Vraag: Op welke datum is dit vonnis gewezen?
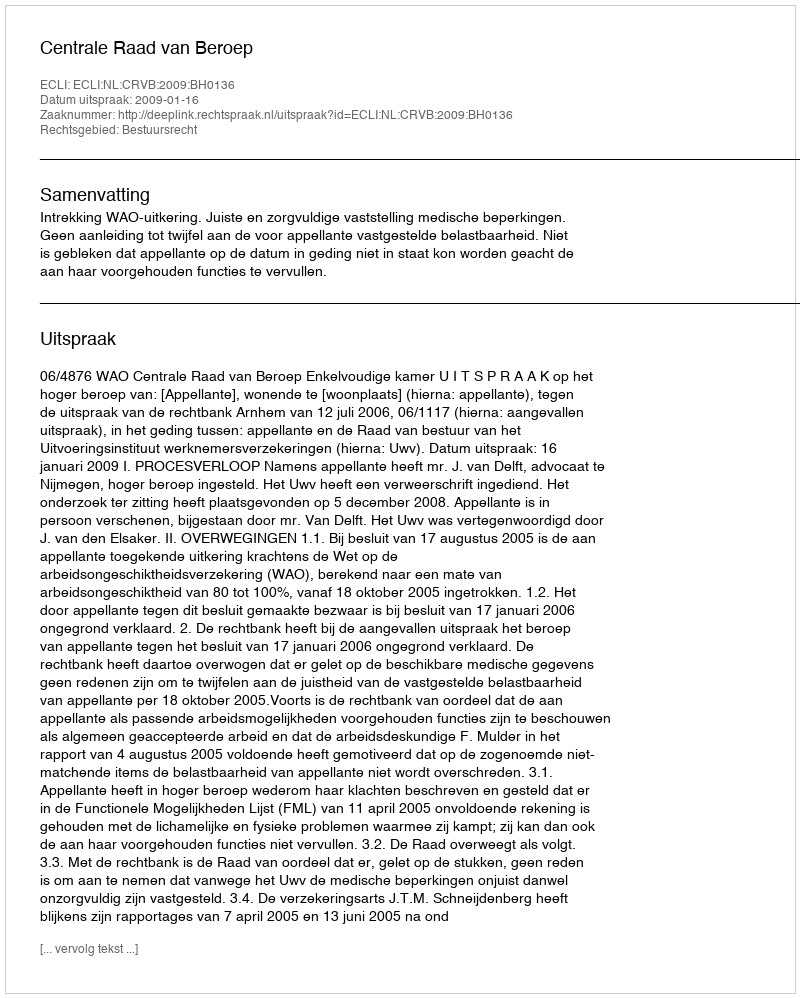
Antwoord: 2009-01-16